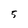
Character: 5